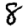
Digit: 8